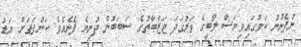
ނުފެނުނު ކަމުގައިވިޔަސް ލޯބީގެ ވަރުގަދަ ޖަޒްބާތުގެ ސަބަބުން ދުނިޔެ ފެނެއެވެ. ކަންފަތަށް އަޑު